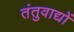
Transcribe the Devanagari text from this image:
तंतुवाद्यों